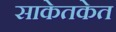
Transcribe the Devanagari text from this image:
साकेतकेत